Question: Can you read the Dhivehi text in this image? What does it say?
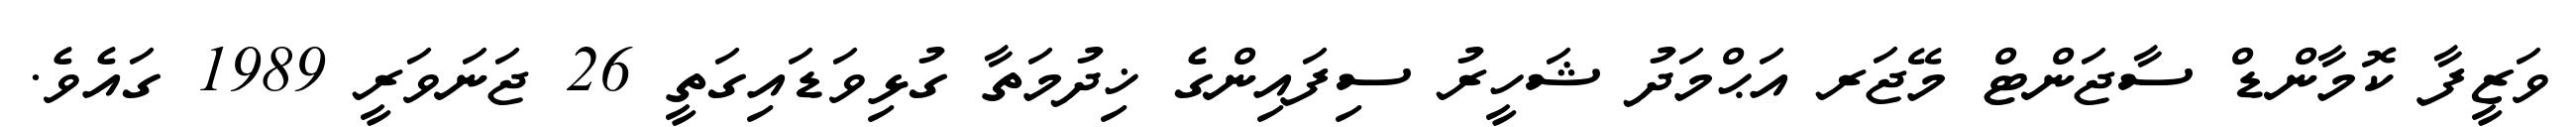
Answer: ވަޒީފާ ކޮމާންޑް ސާޖަންޓް މޭޖަރ އަޙްމަދު ޝަހީރު ސިފައިންގެ ޚިދުމަތާ ގުޅިވަޑައިގަތީ 26 ޖަނަވަރީ 1989 ގައެވެ.